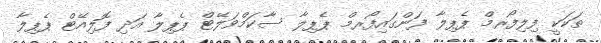
ތަކަކީ ފިލިފޯރމް ޕެޕިލާ ފަންގައިފޯރމް ޕެޕިލާ ސާކަމްވަލޭޓް ޕެޕިލާ އަދި ފޮލިއޭޓް ޕެޕިލާ